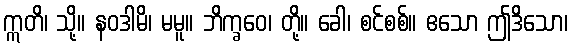
ဣတိ၊ သို့။ နဝဒါမိ၊ မမူ။ ဘိက္ခဝေ၊ တို့။ ခေါ၊ စင်စစ်။ ဧသော ဤဒိသော၊